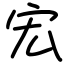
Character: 宏